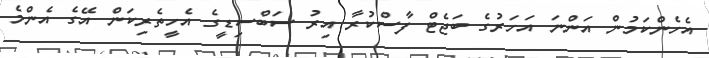
އެހެންކަމުން އަންނަ އަހަރުގެ ބަޖެޓް ފާސްކުރާ އިރު ސަބްސިޑީގެ އެހީތެރިކަން އޭގެ އެންމެ